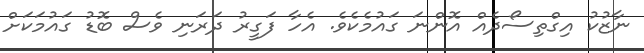
ނާޒުކު އިގްތިސޯދެއް އޮންނަ ގައުމެކެވެ. އެހާ ފަގީރު ދަރަނި ވެސް ބޮޑު ގައުމަކަށް